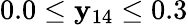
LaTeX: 0.0\leq\mathbf{y}_{14}\leq0.3